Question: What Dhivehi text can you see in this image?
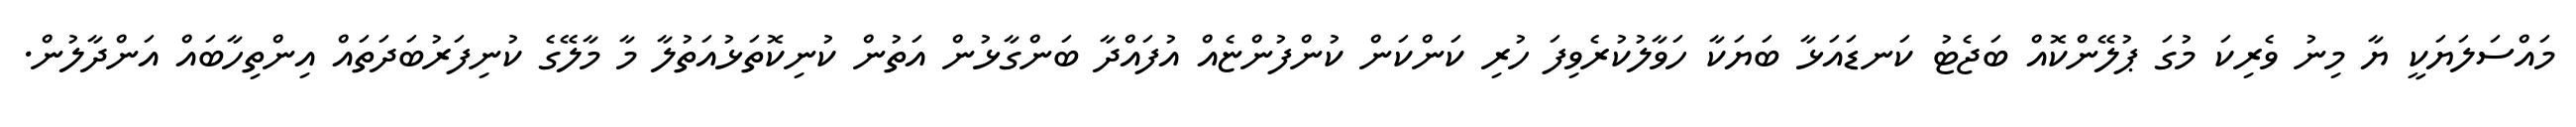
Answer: މައްސަލަޔަކީ ޔާ މިނު ވެރިކަ މުގަ ޕުލޭންކޮއް ބަޖެޓު ކަނޑައަޅާ ބަޔަކާ ހަވާލުކުރެވިފަ ހުރި ކަންކަން ކުންފުންޏެއް އުފައްދާ ބަންގާޅުން އަތުން ކުނިކޮތަޅުއަތުލާ މާ މާލޭގެ ކުނިފަރުބަދަތައް އިންތިހާބައް އަންދާލުން.